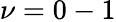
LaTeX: \nu=0-1